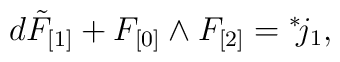
d \tilde F_{[1]} + F_{[0]} \wedge F_{[2]} ={}^*\! j_1,